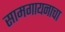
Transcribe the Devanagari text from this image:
सामगायनाचा